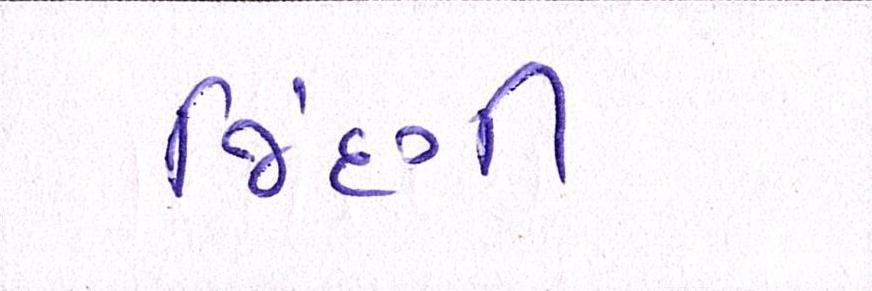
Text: જિંદગી